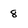
Character: 8